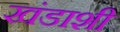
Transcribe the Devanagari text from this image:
खंडाशी